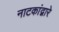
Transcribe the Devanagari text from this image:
नाटकांद्वारे